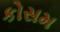
કોસમ